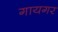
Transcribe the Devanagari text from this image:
गायगर